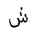
Letter: _shin